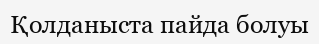
Қолданыста пайда болуы